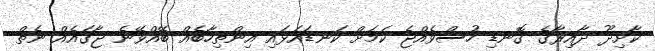
ކާށިދޫ ދާއިރާގެ ގޮނޑި ހުސްވެއްޖެ ކަމަށް ކަނޑައަޅައި އިންތިހާބެއް ބޭއްވޭނެ ޖާގައެއް ނެތް